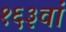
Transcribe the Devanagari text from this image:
१६३वां